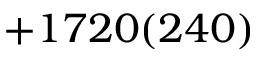
+ 1 7 2 0 ( 2 4 0 )